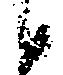
候